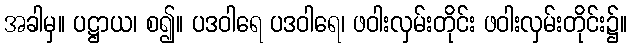
အခါမှ။ ပဋ္ဌာယ၊ စ၍။ ပဒဝါရေ ပဒဝါရေ၊ ဖဝါးလှမ်းတိုင်း ဖဝါးလှမ်းတိုင်း၌။